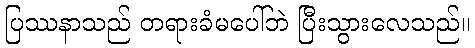
ပြဿနာသည် တရားခံမပေါ်ဘဲ ပြီးသွားလေသည်။